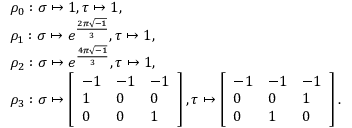
\begin{array} { r l } & { \rho _ { 0 } : \sigma \mapsto 1 , \tau \mapsto 1 , } \\ & { \rho _ { 1 } : \sigma \mapsto e ^ { \frac { 2 \pi \sqrt { - 1 } } { 3 } } , \tau \mapsto 1 , } \\ & { \rho _ { 2 } : \sigma \mapsto e ^ { \frac { 4 \pi \sqrt { - 1 } } { 3 } } , \tau \mapsto 1 , } \\ & { \rho _ { 3 } : \sigma \mapsto \left[ \begin{array} { l l l } { - 1 } & { - 1 } & { - 1 } \\ { 1 } & { 0 } & { 0 } \\ { 0 } & { 0 } & { 1 } \end{array} \right] , \tau \mapsto \left[ \begin{array} { l l l } { - 1 } & { - 1 } & { - 1 } \\ { 0 } & { 0 } & { 1 } \\ { 0 } & { 1 } & { 0 } \end{array} \right] . } \end{array}